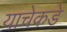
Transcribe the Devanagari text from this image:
याचेकडे